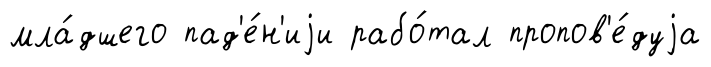
мла́дшего пад'е́н'иjи рабо́тал пропов'е́дуjа